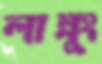
লাল্লুং